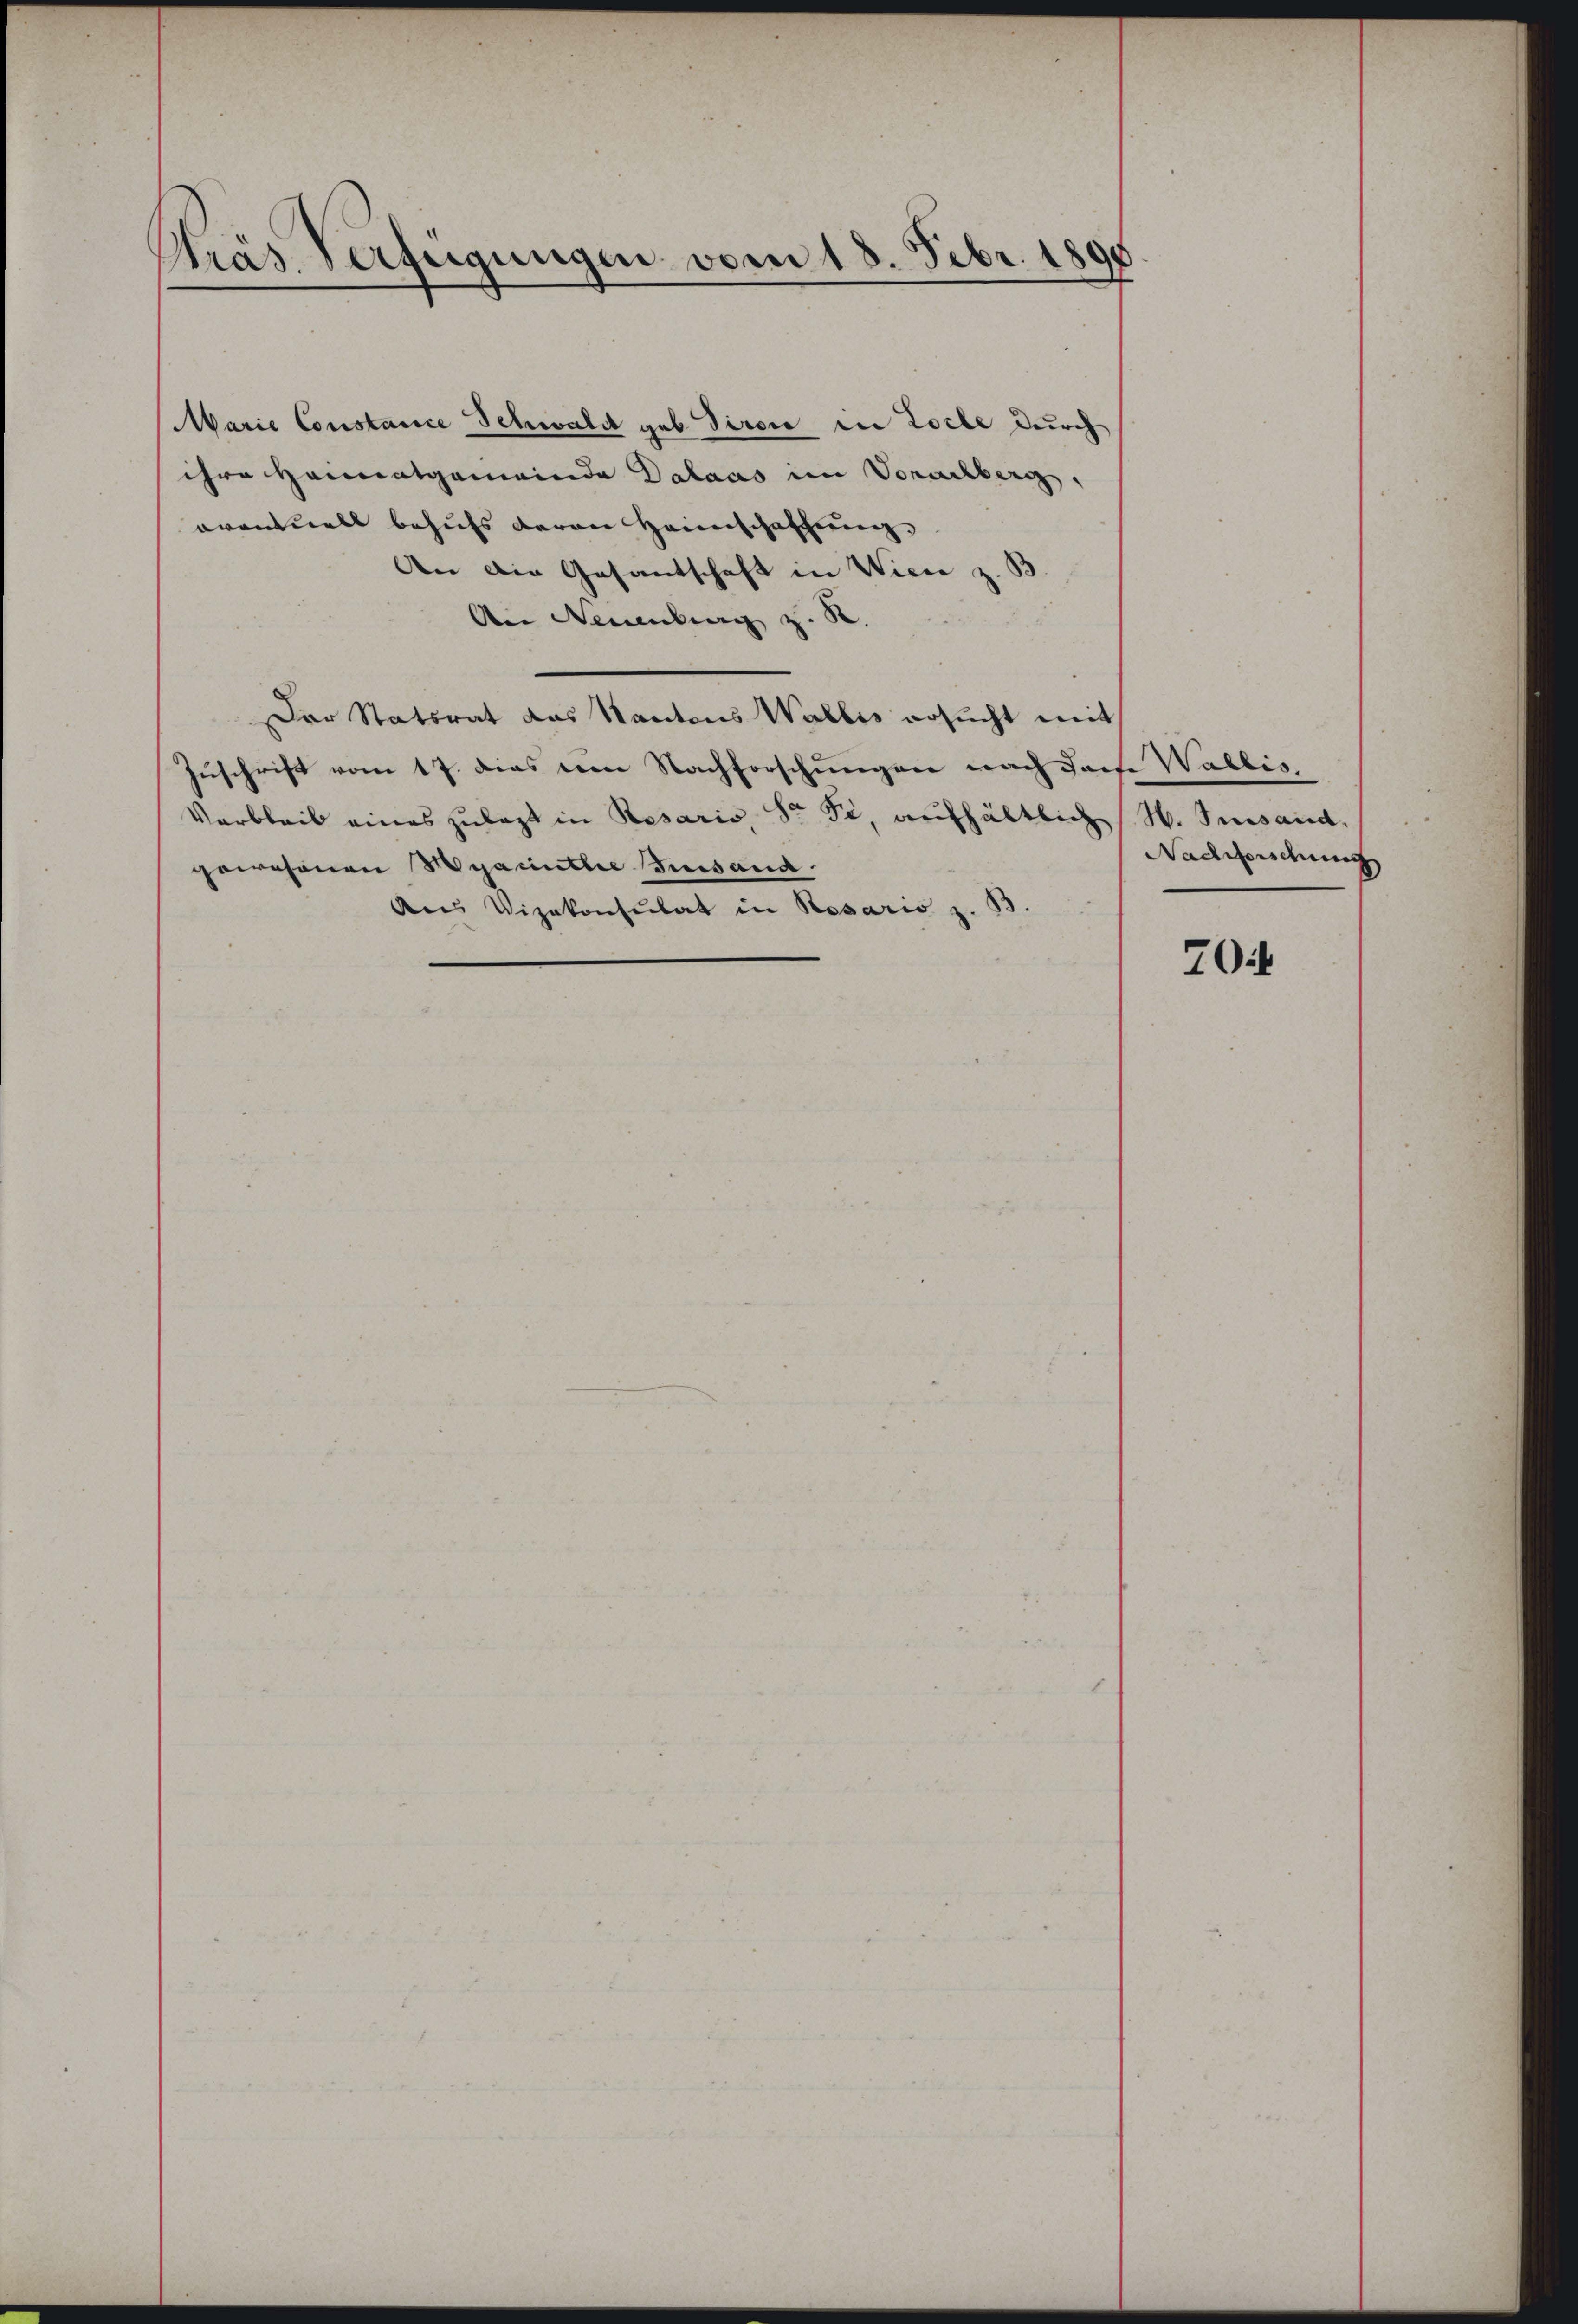
Präs. Verfügungen vom 18. Febr. 1890

Marie Constance Schwald geb. Tirole in Loche durch
ihre Heimatgemeinde Dalaas im Vorarlberg,
aventuell behufs deren Heimschaffung
den die Gesantschaft in Wien z. B.
Ain Neuenburg z. S
Der Statsrat das Kantons Wallis ersucht mit
Zuschrift vom 17. dies von Nachforschungen nach dache Wallis,
Varbleib eines zulezt in Resario, Sr. Si, aufhältlich / M. Susand
gewesenen Myacintte Susand
An Vizekonsulat in Resaris z. B.

Nachforschung

704